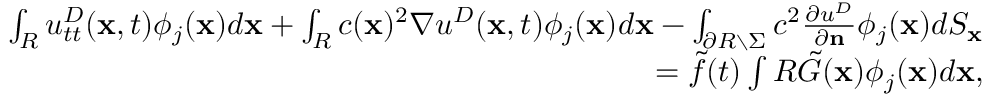
\begin{array} { r } { \int _ { R } u _ { t t } ^ { D } ( \mathbf x , t ) \phi _ { j } ( \mathbf x ) d \mathbf x + \int _ { R } c ( \mathbf x ) ^ { 2 } \nabla u ^ { D } ( \mathbf x , t ) \phi _ { j } ( \mathbf x ) d \mathbf x - \int _ { \partial R \setminus \Sigma } c ^ { 2 } { \frac { \partial u ^ { D } } { \partial \mathbf n } } \phi _ { j } ( \mathbf x ) d S _ { \mathbf x } } \\ { = \tilde { f } ( t ) \int R \tilde { G } ( \mathbf x ) \phi _ { j } ( \mathbf x ) d \mathbf x , } \end{array}